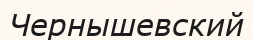
Чернышевский